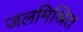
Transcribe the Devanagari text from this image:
जलमिश्रित